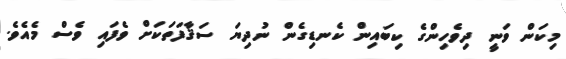
މިކަން ވަނީ ދިވެހިންގެ ކިބައިން ކެނޑިގެން ނުދިޔަ ސަޤާފަތަކަށް ވެފައި ވެސް މެއެވެ.